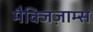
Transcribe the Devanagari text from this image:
मैक्जिज़ाम्स